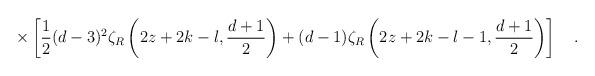
LaTeX: \begin{align*}\times \left[\frac 12 (d-3)^2\zeta_R\left(2z+2k-l,{d+1 \over 2}\right)+(d-1)\zeta_R\left(2z+2k-l-1,{d+1 \over 2}\right) \right] ~~~.\end{align*}